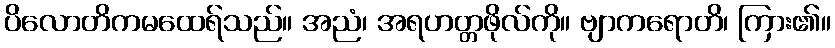
ပိလောတိကမထေရ်သည်။ အညံ၊ အရဟတ္တဖိုလ်ကို။ ဗျာကရောတိ၊ ကြား၏။